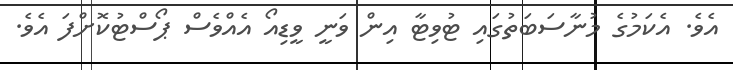
އެވެ. އެކަމުގެ މުނާސަބަތުގައި ޓުވިޓާ އިން ވަނީ ވީޑިއޯ އެއްވެސް ޕޯސްޓުކޮށްފަ އެވެ.